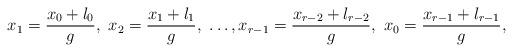
LaTeX: \begin{align*}x_1=\frac{x_0+l_0}g,\ x_2=\frac{x_1+l_1}g,\ \dots,x_{r-1}=\frac{x_{r-2}+l_{r-2}}g,\ x_0=\frac{x_{r-1}+l_{r-1}}g,\end{align*}